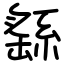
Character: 繇